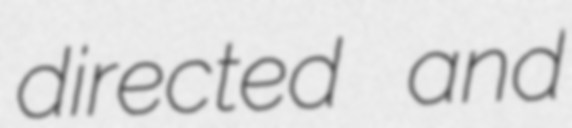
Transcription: directed and